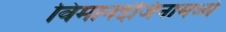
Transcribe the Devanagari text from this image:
विमानइंजिनामध्ये